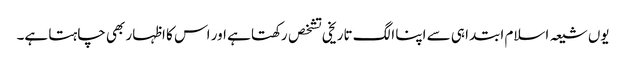
یوں شیعہ اسلام ابتدا ہی سے اپنا الگ تاریخی تشخص رکھتا ہے اور اس کا اظہار بھی چاہتا ہے۔